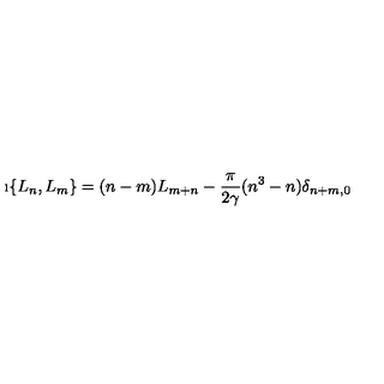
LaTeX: \i \{ L _ { n } , L _ { m } \} = ( n - m ) L _ { m + n } - \frac { \pi } { 2 \gamma } ( n ^ { 3 } - n ) \delta _ { n + m , 0 } \,